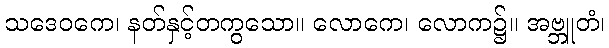
သဒေဝကေ၊ နတ်နှင့်တကွသော။ လောကေ၊ လောက၌။ အဗ္ဘူတံ၊